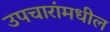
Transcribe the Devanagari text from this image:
उपचारांमधील